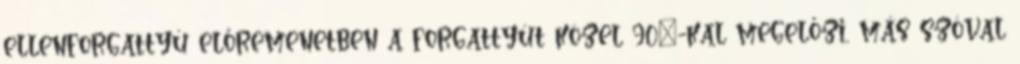
ellenforgattyú előremenetben a forgattyút közel 90°-kal megelőzi, más szóval